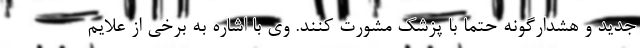
جدید و هشدارگونه حتما با پزشک مشورت کنند. وی با اشاره به برخی از علایم